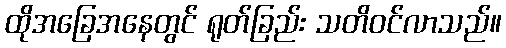
ထိုအခြေအနေတွင် ရုတ်ခြည်း သတိဝင်လာသည်။